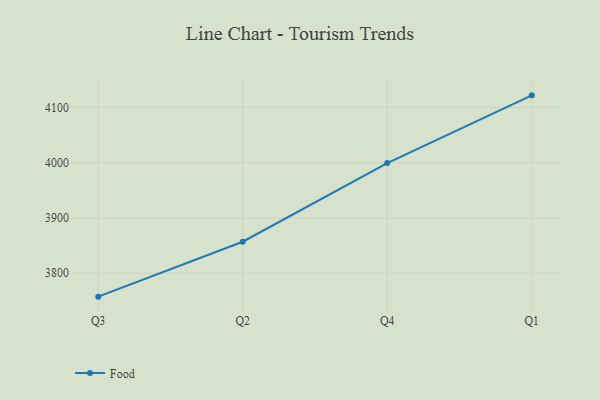
{"axis": {"x": "Quarter", "y": "Latency (ms)"}, "legend": ["Food"], "data": [{"x": "Q3", "y": 3757.7, "type": "Food"}, {"x": "Q2", "y": 3857.0, "type": "Food"}, {"x": "Q4", "y": 3999.3, "type": "Food"}, {"x": "Q1", "y": 4121.8, "type": "Food"}]}